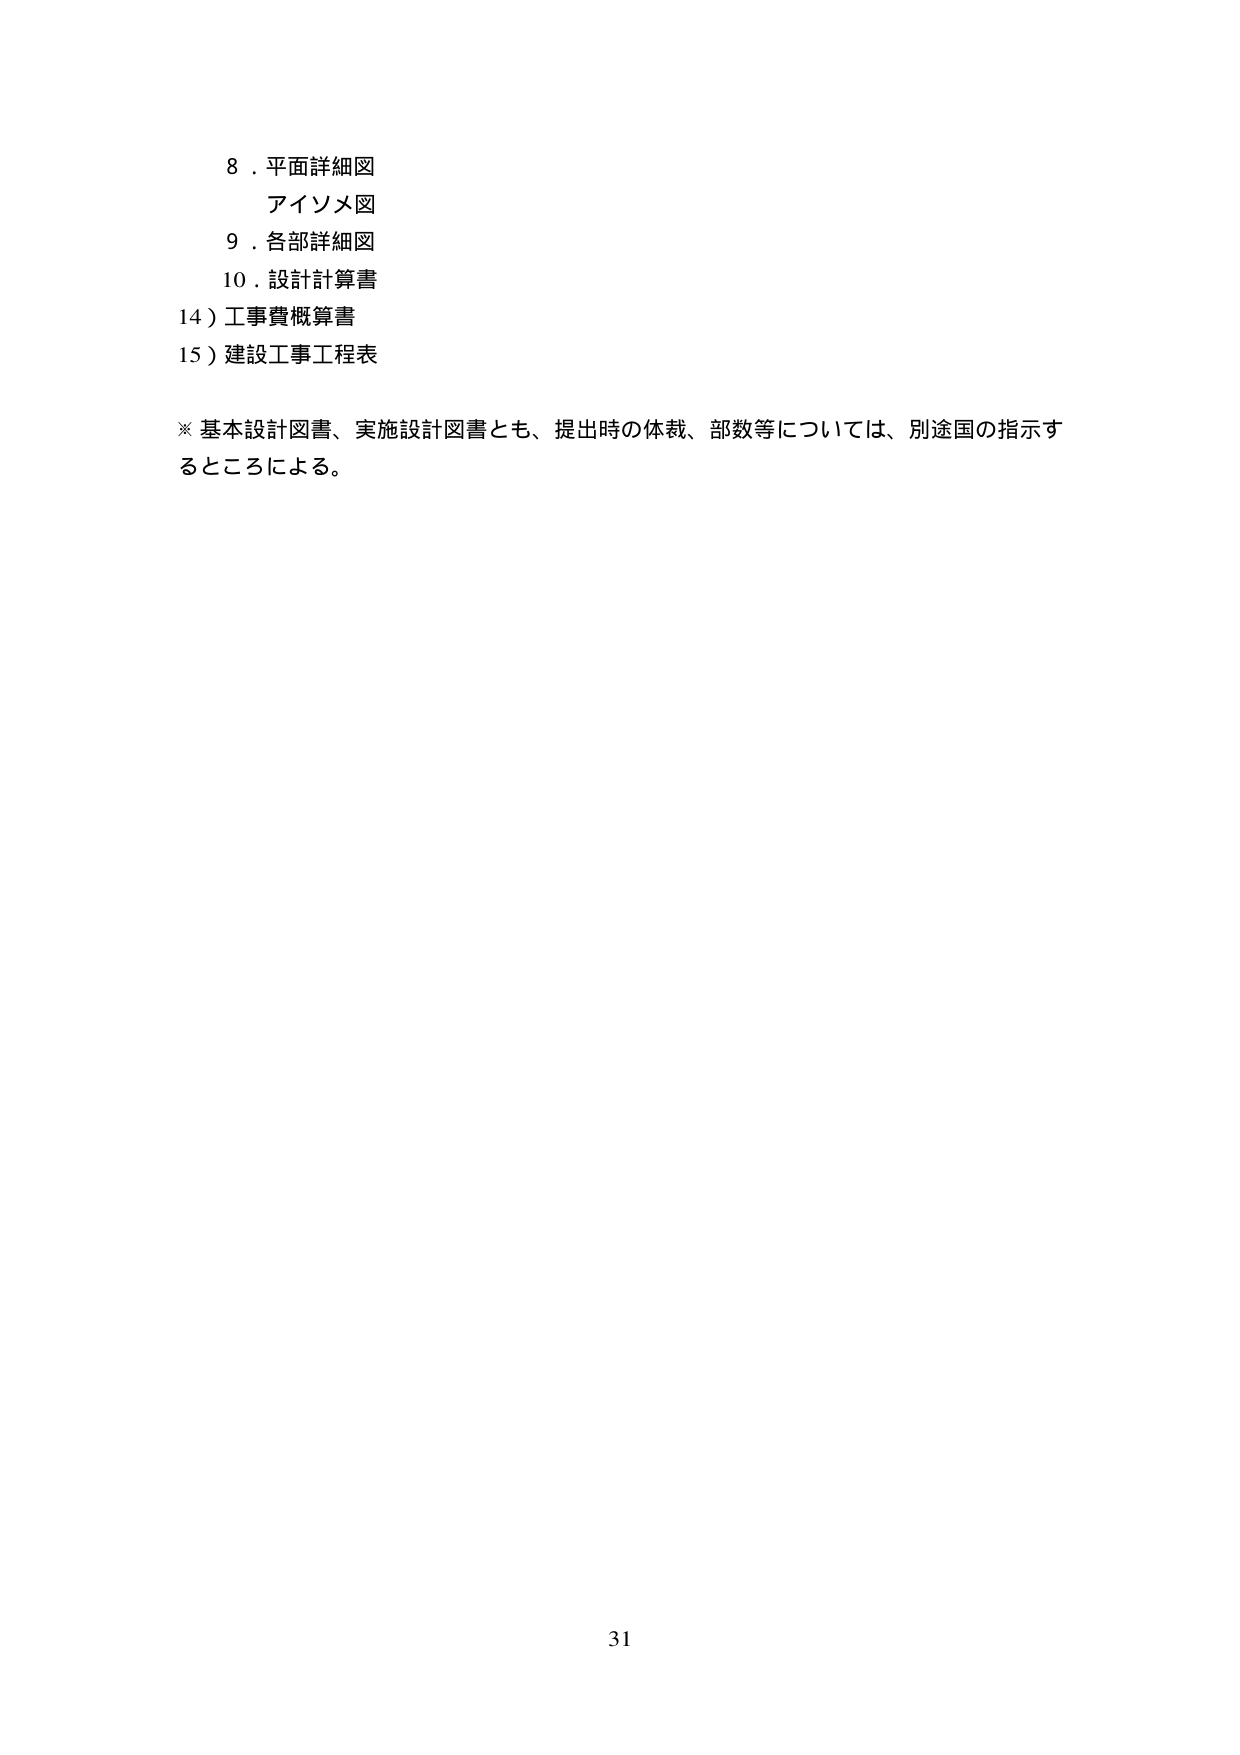
8．平面詳細図
アイソメ図
9．各部詳細図
10．設計計算書
14）工事費概算書
15）建設工事工程表

※ 基本設計図書、実施設計図書とも、提出時の体裁、部数等については、別途国の指示するところによる。

31